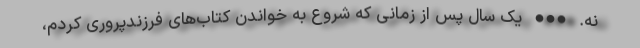
نه. ••• یک سال پس از زمانی که شروع به خواندن کتاب‌های فرزندپروری کردم،